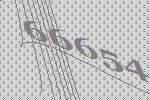
66654